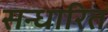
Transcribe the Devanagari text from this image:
सन्धारित